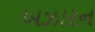
ખઝારન